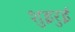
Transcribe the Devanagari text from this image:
शुइरुई